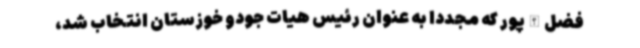
فضل‌الله‌پور که مجددا به عنوان رئیس هیات جودو خوزستان انتخاب شد،